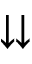
\downdownarrows